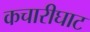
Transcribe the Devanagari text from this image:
कचारीघाट